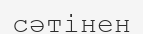
сәтінен